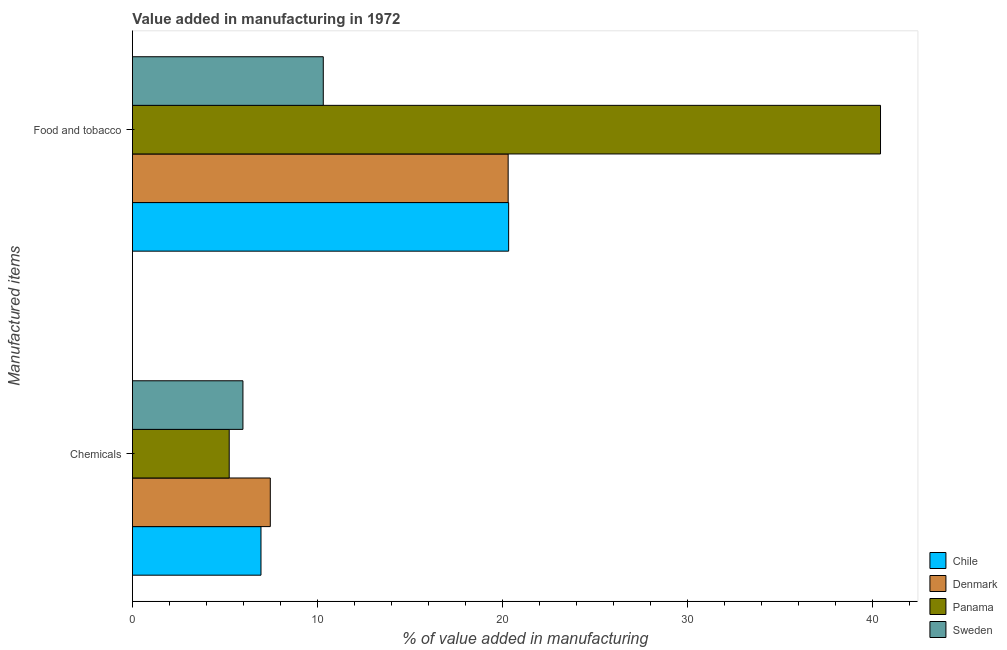
| Manufactured items | Chile | Denmark | Panama | Sweden |
 | --- | --- | --- | --- | --- |
 | Chemicals | 6.95 | 7.45 | 5.23 | 5.98 |
 | Food and tobacco | 20.3 | 20.3 | 40.4 | 10.3 |